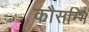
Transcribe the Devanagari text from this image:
कौसम्भि